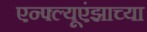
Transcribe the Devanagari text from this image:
एन्फ्ल्यूएंझाच्या